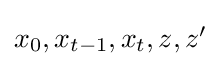
{\textstyle x_{0},x_{t-1},x_{t},z,z'}